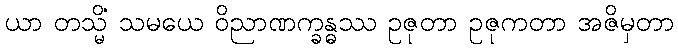
ယာ တသ္မိံ သမယေ ဝိညာဏက္ခန္ဓဿ ဥဇုတာ ဥဇုကတာ အဇိမှတာ